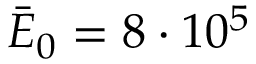
\bar { E } _ { 0 } = 8 \cdot 1 0 ^ { 5 }